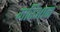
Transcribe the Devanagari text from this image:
मरिआन